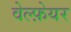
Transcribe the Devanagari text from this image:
वेल्फ़ेयर